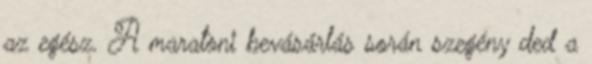
az egész. A maratoni bevásárlás során szegény ded a